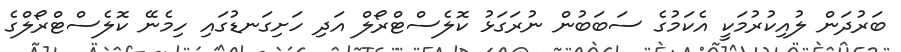
ބަރުދަން ލުއިކުރުމަކީ އެކަމުގެ ސަބަބުން ނުރަގަޅު ކޮލެސްޓްރޯލް އަދި ހަށިގަނޑުގައި ހިމެނޭ ކޮލެސްޓްރޯލްގެ